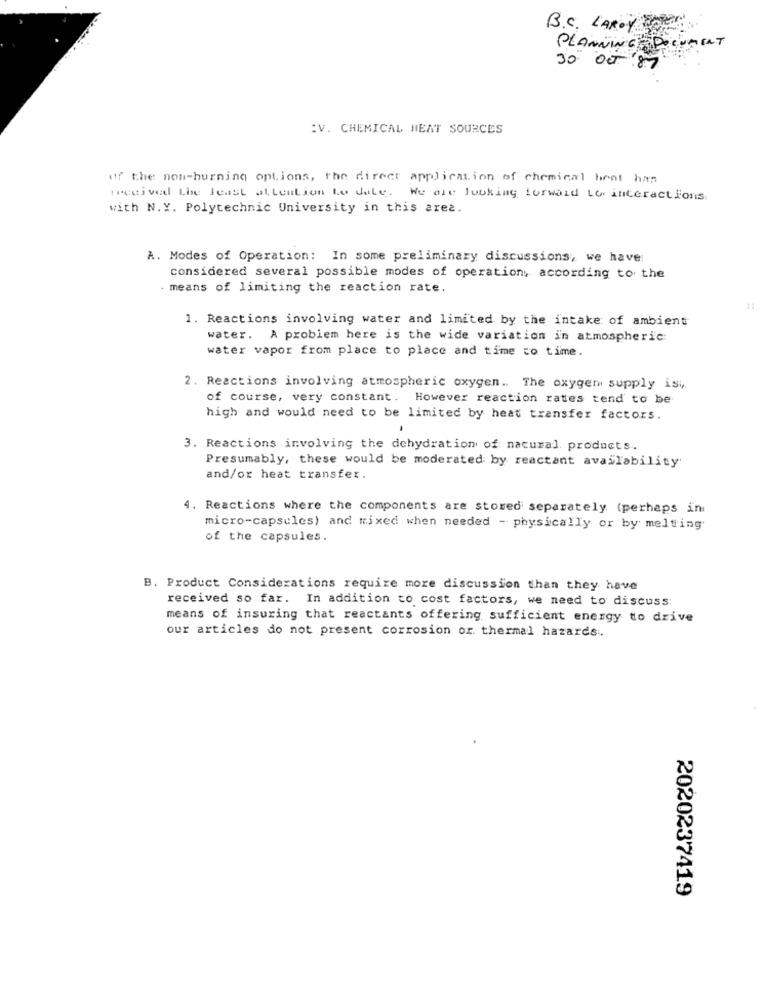
B.C. LAROY
PLANNING DOCUMENT
30 00 MM
:V. CHEMICAL HEAT SOURCES
of the non-burning options, the direct application of chemical bent ham
received the least attention to date. We are looking forward to interactions
with N.Y. Polytechnic University in this area.
A. Modes of Operation: In some preliminary discussions, we have
considered several possible modes of operation, according to the
. means of limiting the reaction rate.
1. Reactions involving water and limited by the intake of ambient
water. A problem here is the wide variation in atmospheric:
water vapor from place to place and time to time.
2. Reactions involving atmospheric oxygen .. The oxygen supply isi,
of course, very constant. However reaction rates tend to be
high and would need to be limited by heat transfer factors.
3. Reactions involving the dehydration of nacural. products.
Presumably, these would be moderated by reactant availability
and/or heat transfer.
4. Reactions where the components are stored separately (perhaps in
micro-capsules) and mixed when needed - physically or by melting
of the capsules.
B. Product Considerations require more discussion than they have
received so far. In addition to cost factors, we need to discuss:
means of insuring that reactants offering sufficient energy to drive
our articles do not present corrosion or. thermal hazards.
2020237419